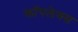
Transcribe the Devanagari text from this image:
कॉपलेक्स